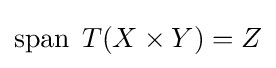
\operatorname {span} \;T(X\times Y)=Z